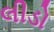
લીડો